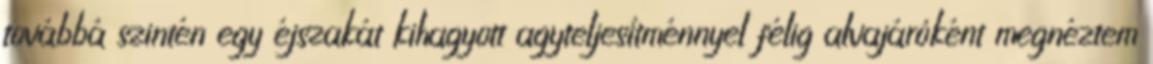
továbbá szintén egy éjszakát kihagyott agyteljesítménnyel félig alvajáróként megnéztem